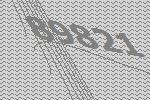
89821